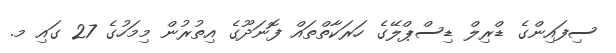
ސިފައިންގެ ޑްރިލް ޑިސްޕްލޭގެ ހަރަކާތްތައް ފޮނަދޫގެ އިތުރުން މިމަހުގެ 27 ގައި މ.